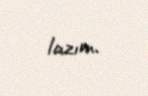
lazım.